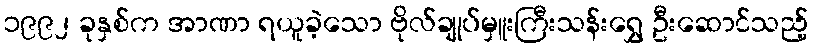
၁၉၉၂ ခုနှစ်က အာဏာ ရယူခဲ့သော ဗိုလ်ချုပ်မှူးကြီးသန်းရွှေ ဦးဆောင်သည့်